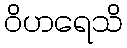
ဝိဟရေသိ